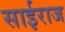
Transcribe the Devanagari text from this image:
साईराज